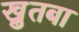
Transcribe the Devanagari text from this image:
खु़तबा